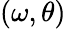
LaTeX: (\omega,\theta)